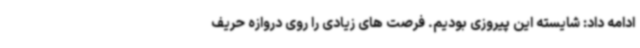
ادامه داد: شایسته این پیروزی بودیم. فرصت های زیادی را روی دروازه حریف